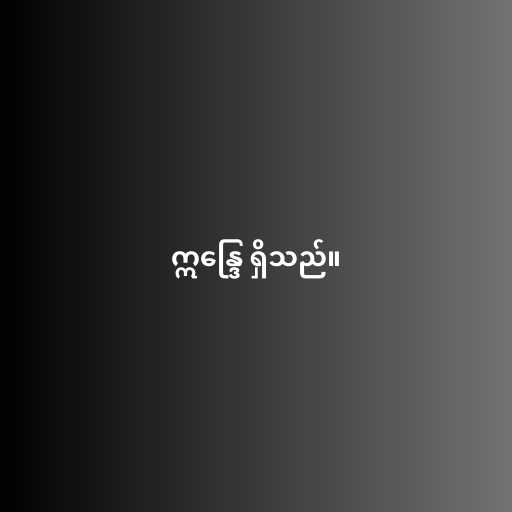
ဣန္ဒြေ ရှိသည်။